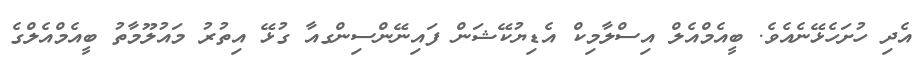
އެދި ހުށަހެޅޭނެއެވެ. ބީއެމްއެލް އިސްލާމިކް އެޑިޔުކޭޝަން ފައިނޭންސިންގއާ ގުޅޭ އިތުރު މައުލޫމާތު ބީއެމްއެލްގެ